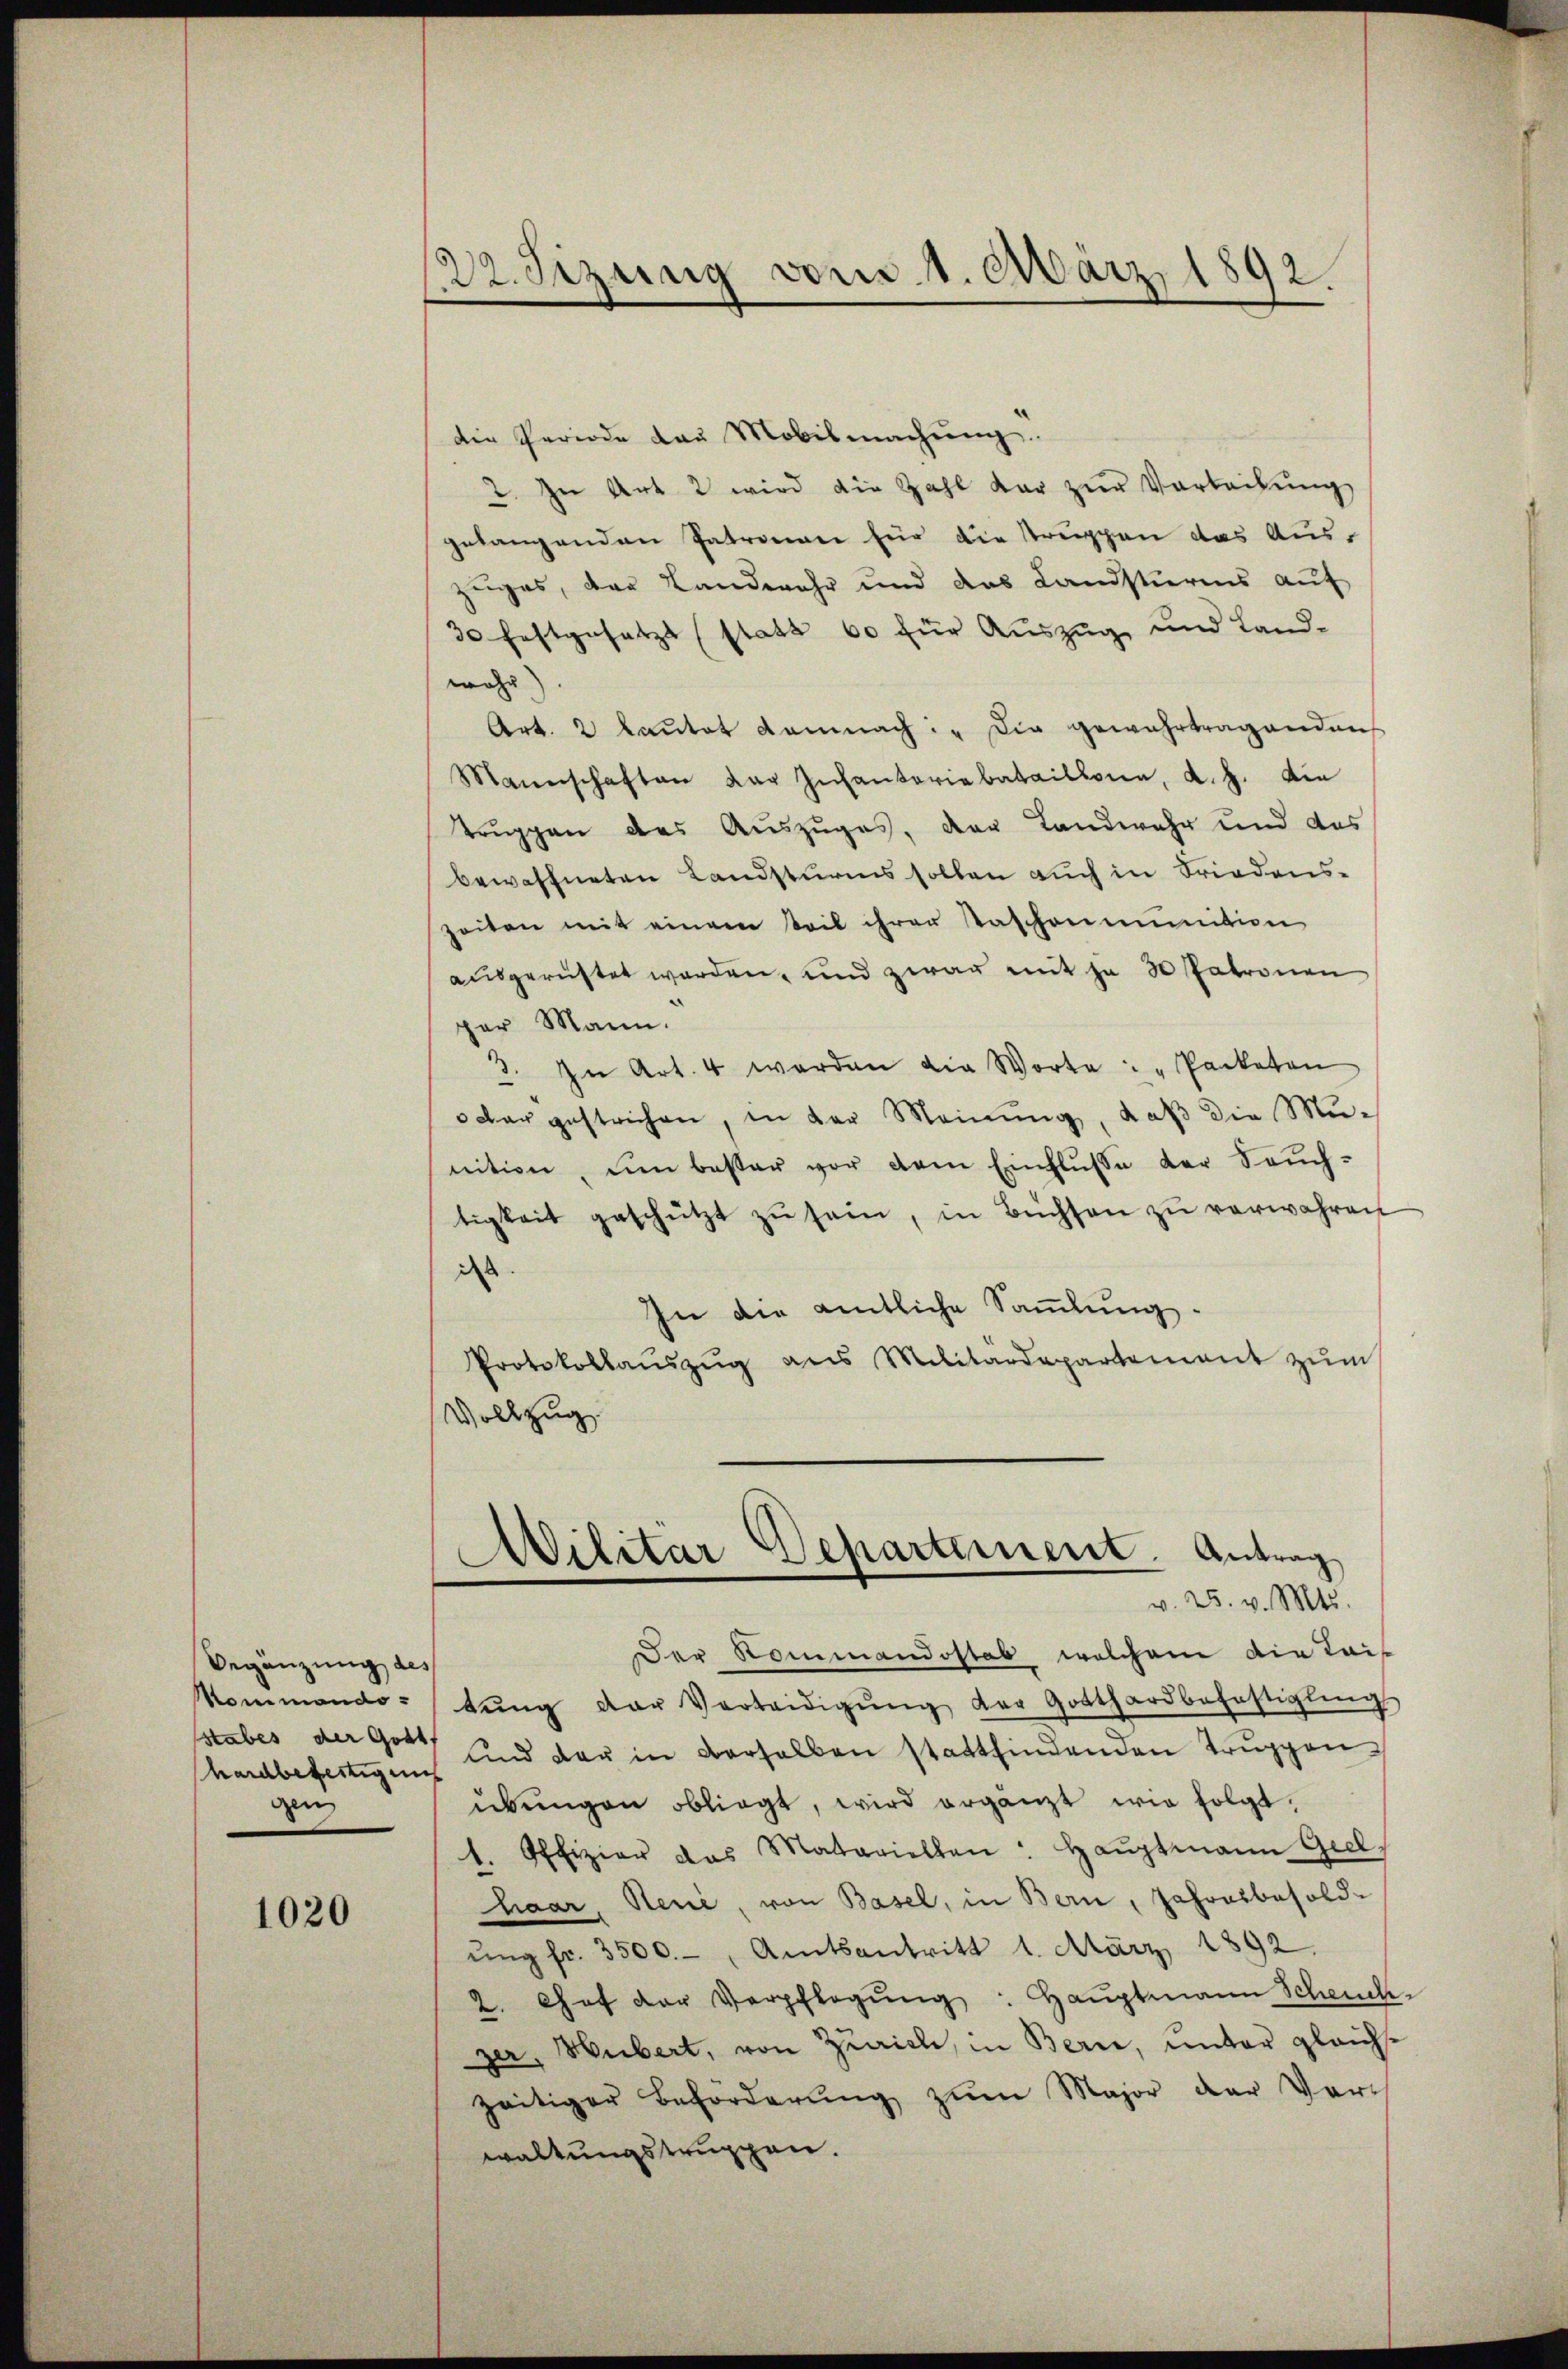
Begänzung des
ommando-
hardbefertigung
gen

1020

122. Sizung von 1. März 1892.

die Periode dan Mobilmachung.
2. Zu Art. 2 wird die Zahl dar zur Vorbeitung
gelangenden Patronen für die Truppen das Auszuges, der Landwehr und das Landstürmis auf
30 festgesetzt (stata 60 für Auszug und Land-
wahr)
Art. 2 lautet demnach: "Die gewahrtragenden
Mannschaften der Infanteriebataillone, d. h. die
Truppen des Auszuges, der Landwehr und das
bewaffneten Landsturms sollen auch in Friedenszeiten mit einem steil ihrer Taschonmunition
ausgerüstet werden, und zwar mit je 30 Patronen
per Mann.
3. In Art. 4 werden die Worte: "Packeton
oder gestrichen, in der Meinŭng, daβ die Mu-
nition, ŭm bester vor dem Einflŭsse der Saŭch-
tigkeit geschützt zŭ sein, in Büchsen zŭ verwahren
das
In die amtliche Sammlung.
Protokollaŭszŭg ans Militärdepartement zŭm
Vollzug.

Militar Departement. Antrag
v. 25. v. Mts.

Der Kommandostab welchem die Kais
tŭng der Verteidigŭng der Gotthardbefestigŭng
sstabes der Gott und der in verhalben stattfindenden Truppen
übungen obliegt, wird ergänzt wie folgt.
t. Offizier das Matariellen: Haŭptmann Grel,
haar, Neue, von Basel, in Bern, Jahresbesold-
ŭng fr. 3500.-, Amtsantritt 1. März 1892.
2. Chef der Verpflegŭng: Hauptmann Scheuch-
zer, Webert, von Zürich, in Bern, unter gleichzeitiger Beförderŭng zŭm Major der Vorwaltungstruppen.